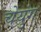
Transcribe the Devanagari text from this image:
चेयुंग